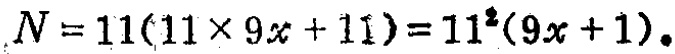
\(N = 11(11\times 9x + 11)=11^{2}(9x + 1)\)